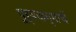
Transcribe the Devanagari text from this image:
पूर्वजन्माचें